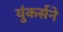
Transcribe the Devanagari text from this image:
युंकर्सने